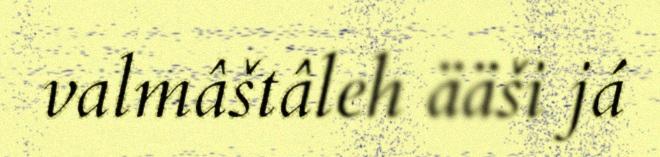
valmâštâleh ääši já